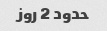
حدود 2 روز